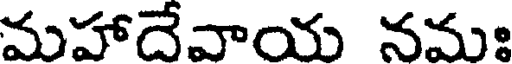
మహాదేవాయ నమః